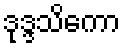
ဒုဒ္ဒသိကော